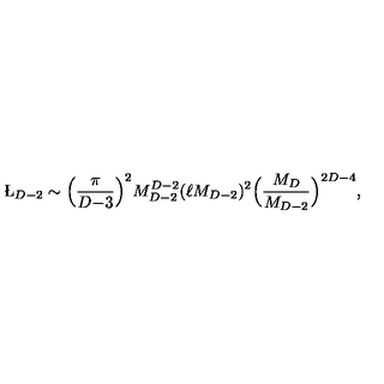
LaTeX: \L _ { D - 2 } \sim \Big ( { \frac { \pi } { D { - } 3 } } \Big ) ^ { 2 } M _ { D - 2 } ^ { D - 2 } ( \ell M _ { D - 2 } ) ^ { 2 } \Big ( { \frac { M _ { D } } { M _ { D - 2 } } } \Big ) ^ { 2 D - 4 } ,